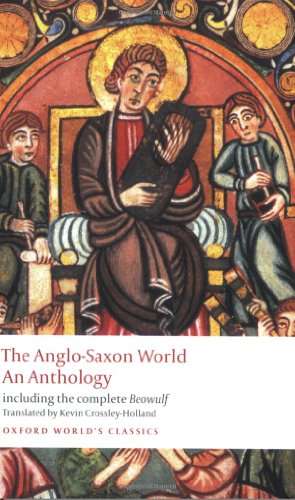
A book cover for The Anglo-Saxon World: An Anthology (Oxford World's Classics); Literature & Fiction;